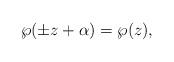
LaTeX: \begin{align*} \wp(\pm z +\alpha )=\wp(z) ,\end{align*}